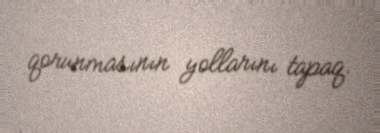
qorunmasının yollarını tapaq.